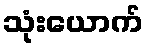
သုံးယောက်